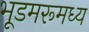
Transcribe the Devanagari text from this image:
भूडमरूमध्य